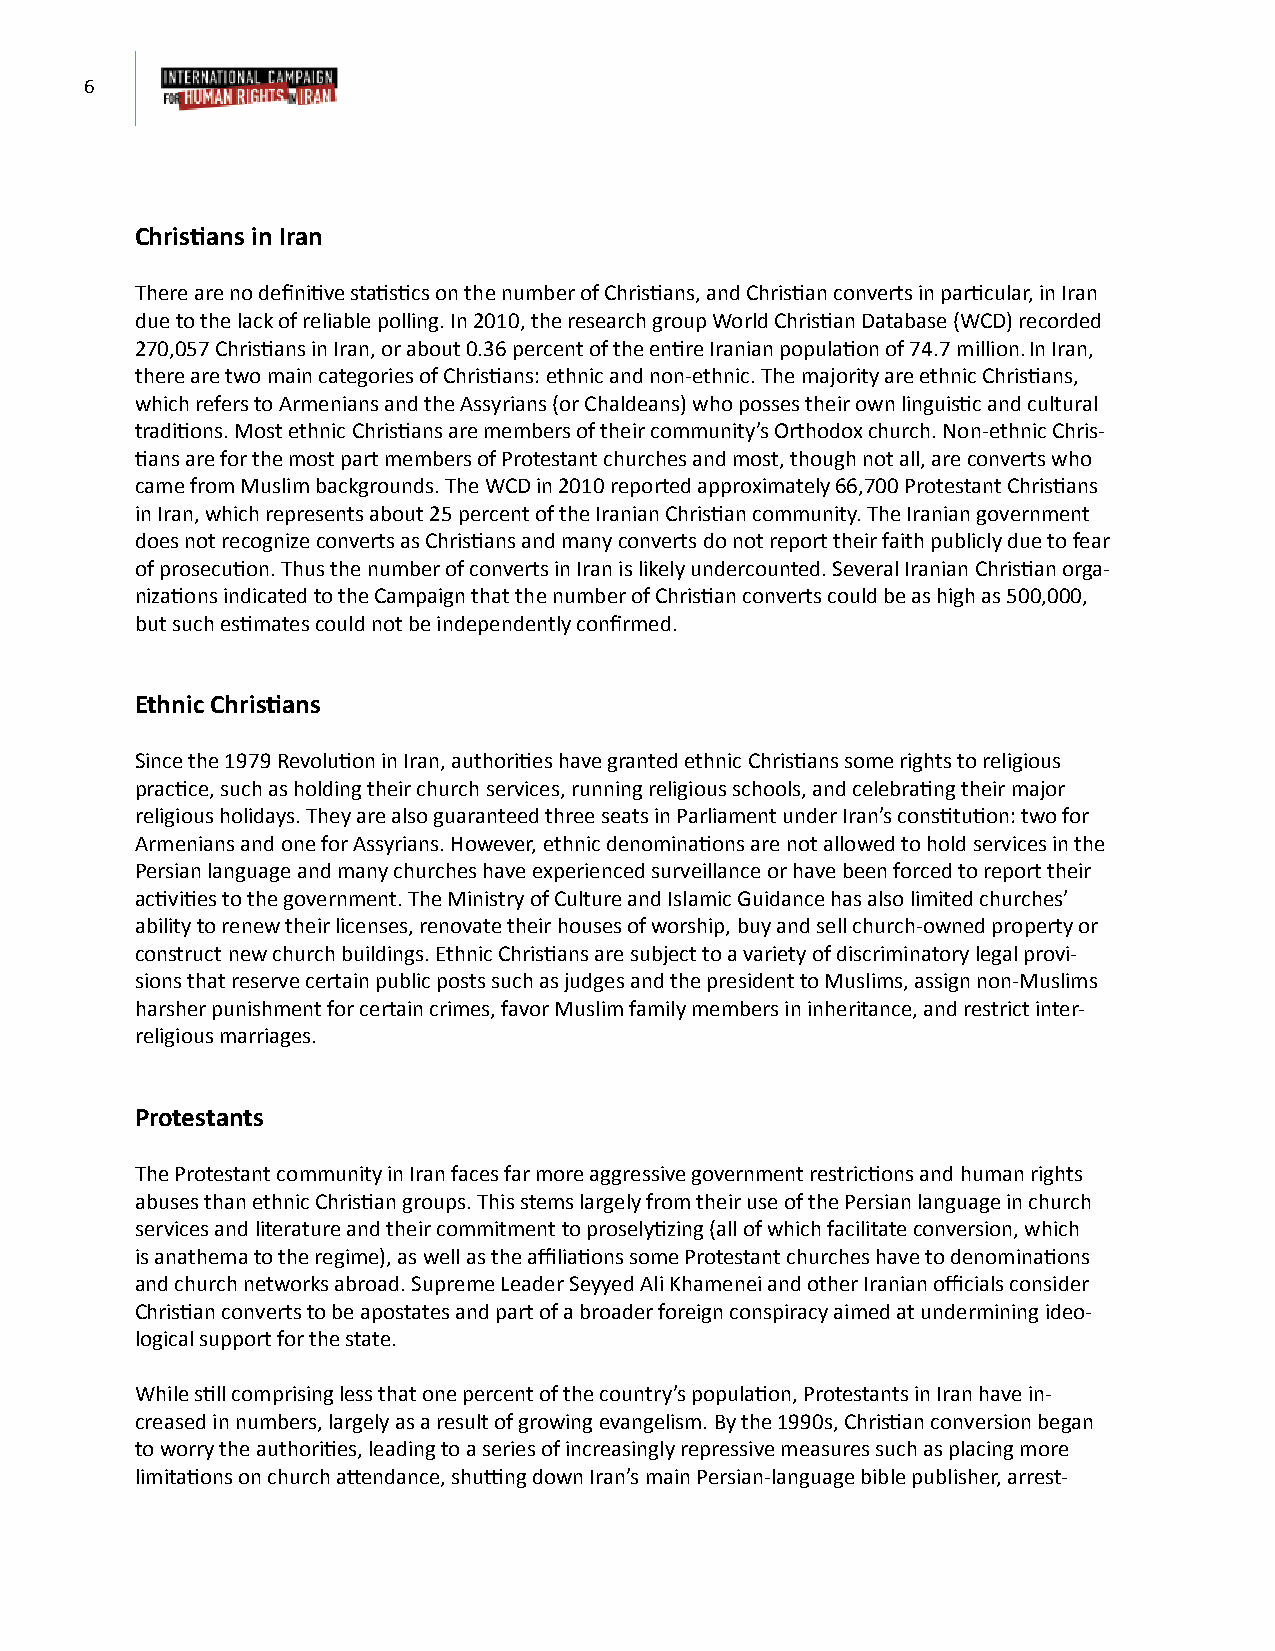
6
 Christians in Iran
 There are no definitive statistics on the number of Christians, and Christian converts in particular, in Iran
 due to the lack of reliable polling. In 2010, the research group World Christian Database (WCD) recorded
 270,057 Christians in Iran, or about 0.36 percent of the entire Iranian population of 74.7 million. In Iran,
 there are two main categories of Christians: ethnic and non-ethnic. The majority are ethnic Christians,
 which refers to Armenians and the Assyrians (or Chaldeans) who posses their own linguistic and cultural
 traditions. Most ethnic Christians are members of their community’s Orthodox church. Non-ethnic Chris-
 tians are for the most part members of Protestant churches and most, though not all, are converts who
 came from Muslim backgrounds. The WCD in 2010 reported approximately 66,700 Protestant Christians
 in Iran, which represents about 25 percent of the Iranian Christian community. The Iranian government
 does not recognize converts as Christians and many converts do not report their faith publicly due to fear
 of prosecution. Thus the number of converts in Iran is likely undercounted. Several Iranian Christian orga-
 nizations indicated to the Campaign that the number of Christian converts could be as high as 500,000,
 but such estimates could not be independently confirmed.
 Ethnic Christians
 Since the 1979 Revolution in Iran, authorities have granted ethnic Christians some rights to religious
 practice, such as holding their church services, running religious schools, and celebrating their major
 religious holidays. They are also guaranteed three seats in Parliament under Iran’s constitution: two for
 Armenians and one for Assyrians. However, ethnic denominations are not allowed to hold services in the
 Persian language and many churches have experienced surveillance or have been forced to report their
 activities to the government. The Ministry of Culture and Islamic Guidance has also limited churches’
 ability to renew their licenses, renovate their houses of worship, buy and sell church-owned property or
 construct new church buildings. Ethnic Christians are subject to a variety of discriminatory legal provi-
 sions that reserve certain public posts such as judges and the president to Muslims, assign non-Muslims
 harsher punishment for certain crimes, favor Muslim family members in inheritance, and restrict inter-
 religious marriages.
 Protestants
 The Protestant community in Iran faces far more aggressive government restrictions and human rights
 abuses than ethnic Christian groups. This stems largely from their use of the Persian language in church
 services and literature and their commitment to proselytizing (all of which facilitate conversion, which
 is anathema to the regime), as well as the affiliations some Protestant churches have to denominations
 and church networks abroad. Supreme Leader Seyyed Ali Khamenei and other Iranian officials consider
 Christian converts to be apostates and part of a broader foreign conspiracy aimed at undermining ideo-
 logical support for the state.
 While still comprising less that one percent of the country’s population, Protestants in Iran have in-
 creased in numbers, largely as a result of growing evangelism. By the 1990s, Christian conversion began
 to worry the authorities, leading to a series of increasingly repressive measures such as placing more
 limitations on church attendance, shutting down Iran’s main Persian-language bible publisher, arrest-